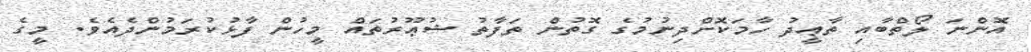
އޮންނަ ލޯތްބާއި ތާޢީދު ހާމަކޮށްދިނުމުގެ ގޮތުން ތަފާތު ޝުޢޫރުތައް މީހުން ފާޅުކުރަމުންދެއެވެ. މީގެ